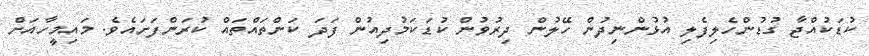
ކުޑަކުއްޖާ ގުޑުންހެލިފެލި އުޅުންނިދުން ހޭލުން ދިރުވުން ކުޑަކަމުދިއުން ފަދަ ކަންތައްތައް ކުރަންފަށައެވެ. މައިމީހާއަށް